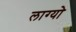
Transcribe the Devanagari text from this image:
लाग्यो